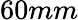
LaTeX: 60mm